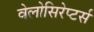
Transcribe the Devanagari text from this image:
वेलोसिरेप्‍टर्स